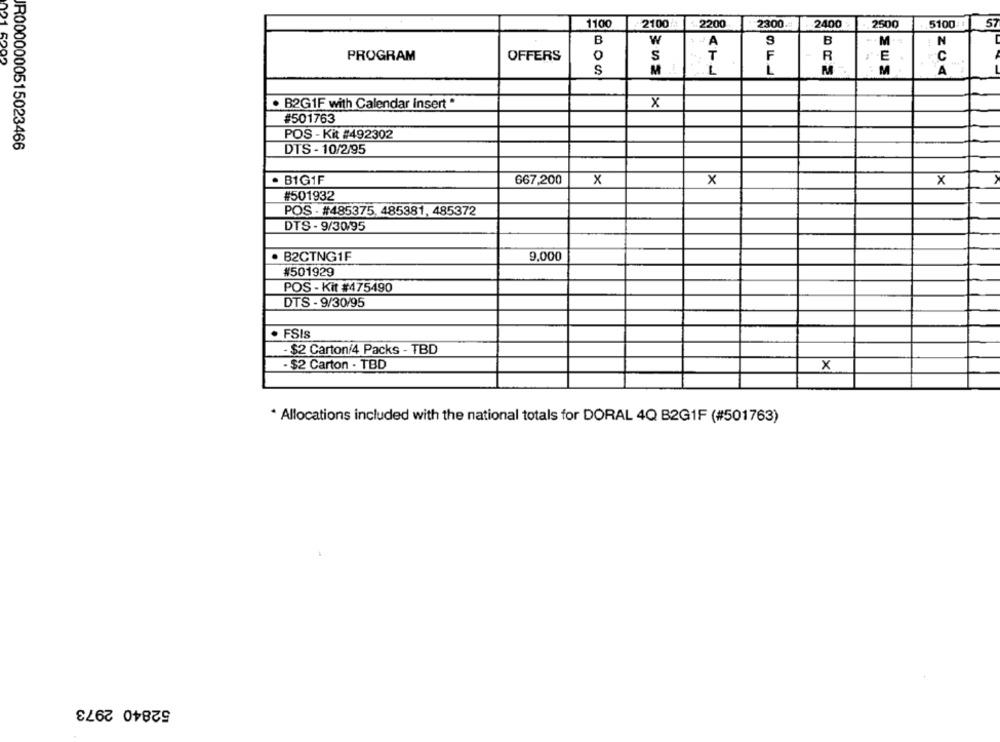
1100
21001
2200
2500
5100
2300.11
2400
B
w
1 -A
B
M.
N
PROGRAM
OFFERS
0
S
T
F
R
E
S
M
1
M
M
A
X
. B2G1F with Calendar Insert *
#501763
POS - Kit #492302
IR0000000515023466
DTS - 10/2/95
. B1G1F
667,200
x
X
x
#501932
POS - #485375, 485381, 485372
DTS - 9/30/95
B2CTNG1F
9,000
#501929
POS - Kit #475490
DTS - 9/30/95
. FSIs
- $2 Carton/4 Packs - TBD
- $2 Carton . TBD
x
* Allocations included with the national totals for DORAL 4Q B2G1F (#501763)
52840 2973